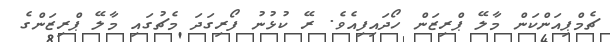
ޗެމްޕިއަންކަން މާލޭ ޕްރިޒަން ހޯދައިފިއެވެ. ރޭ ކުޅުނު ފޯރިގަދަ މެޗުގައި މާލޭ ޕްރިޒަންގެ